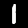
Label: 1